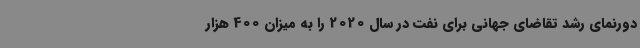
دورنمای رشد تقاضای جهانی برای نفت در سال 2020 را به میزان 400 هزار